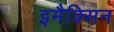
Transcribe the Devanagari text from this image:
इमैक्सिन